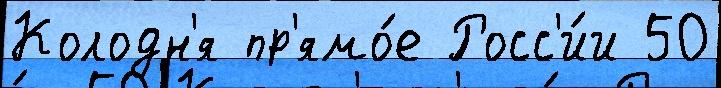
Колодн'я пр'ямо́е Росс'и́и 50